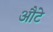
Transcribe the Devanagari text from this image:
औटे